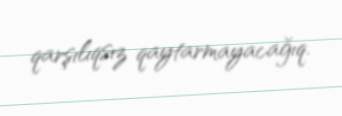
qarşılıqsız qaytarmayacağıq.